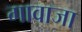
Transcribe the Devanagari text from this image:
गावाजा